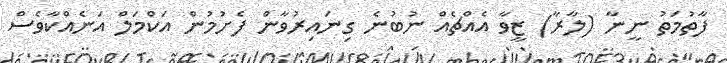
ފާތުމަތު ނީނާ (ލާރާ) ޒީވާ އެއްޗެއް ނުބުނެ ގިނައިރުވާން ފެށުމުން އަކްމަލް އަނެއްކާވެސް